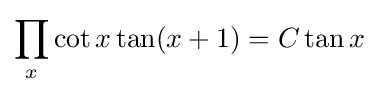
\prod _{x}\cot x\tan(x+1)=C\tan x